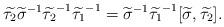
LaTeX: \begin{align*}\widetilde {\tau_2} {\widetilde {\sigma}}^{-1} {\widetilde {\tau_2}}^{-1} {\widetilde {\tau_1}}^{-1} ={\widetilde \sigma}^{-1} {\widetilde {\tau_1}}^{-1} [\widetilde \sigma, \widetilde {\tau_2}].\end{align*}